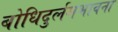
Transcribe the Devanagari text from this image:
बोधिदुर्लमभावना